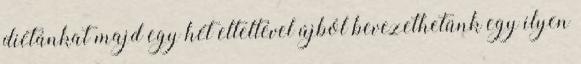
diétánkat majd egy hét elteltével újból bevezethetünk egy ilyen